Lunatic asylums in Bengal annual reports 1888-1898 - 1888-1898
Year: 1888
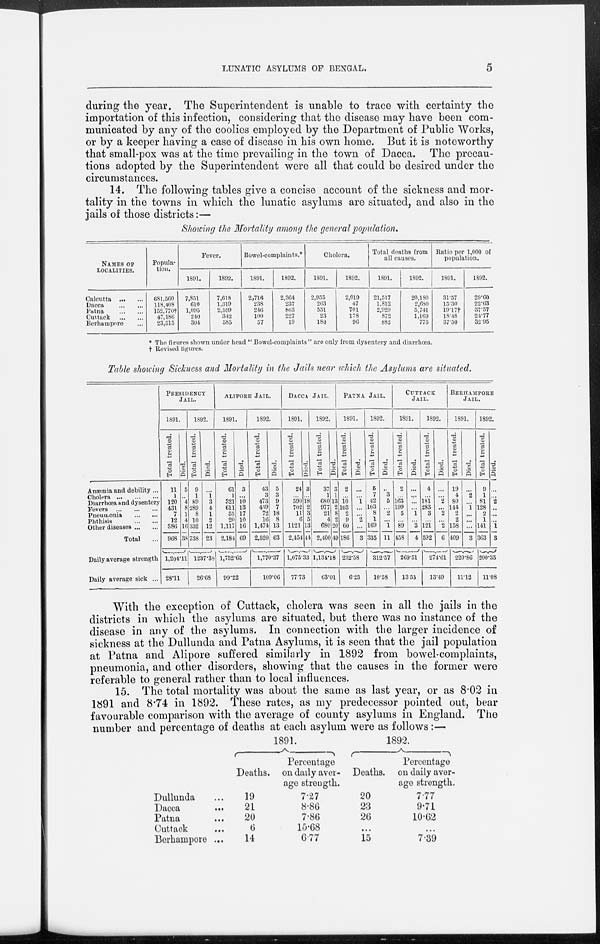
LUNATIC ASYLUMS OF BENGAL.
5
during the year. The Superintendent is unable to trace with certainty the
importation of this infection, considering that the disease may have been com-
municated by any of the coolies employed by the Department of Public Works,
or by a keeper having a case of disease in his own home. But it is noteworthy
that small-pox was at the time prevailing in the town of Dacca. The precau-
tions adopted by the Superintendent were all that could be desired under the
circumstances.
14. The following tables give a concise account of the sickness and mor-
tality in the towns in which the lunatic asylums are situated, and also in the
jails of those districts:—
Showing the Mortality among the general population.
NAMES OF
LOCALITIES.
Calcutta
...
...
Dacca
...
...
Patna ... ...
Cuttack
...
...
Berhampore ...
Popula-
tion.
681,560
118,408
152,770†
47,186
23,515
Fever.
1891.
7,851
610
1,095
240
304
1892.
7,618
1,319
2,599
342
585
Bowel-complaints.*
1891.
2,716
238
246
100
57
1892.
2,364
237
863
227
19
Cholera.
1891.
2,955
263
551
23
180
1892.
2,019
47
701
178
96
Total deaths from
all causes.
1891.
21,517
1,812
2,929
872
882
1892.
20,180
2,680
5,741
1,169
775
Ratio per 1,000 of
population.
1891.
31.57
15.30
19.17†
18.48
37.50
1892.
29.60
22.63
37.57
24.77
32.95
* The figures shown under head " Bowel-complaints" are only from dysentery and diarrhœa.
† Revised figures.
Table showing Sickness and Mortality in the Jails near which the Asylums are situated.
Anæmia and debility ...
Cholera
...
...
...
Diarrhœa and dysentery
Fevers
... ... ...
Pneumonia
... ...
Phthisis
... ...
Other diseases ... ...
Total
...
Daily average strength
Daily average sick ...
PRESIDENCY
JAIL.
1891.
Total treated.
11
1
120
431
7
12
386
968
Died.
5
...
4
8
1
4
16
38
1,204.11
28.11
1892.
Total treated.
9
1
89
289
8
10
332
738
Died.
...
1
3
4
1
2
12
23
1237.38
26.68
ALIPORE JAIL.
1891.
Total treated.
61
1
321
611
53
20
1,117
2,184
Died.
3
...
10
13
17
10
16
69
1,752.65
99.22
1892.
Total treated.
43
3
473
439
72
16
1,474
2,520
Died.
5
3
9
7
18 8
13
63
1,770.37
109.06
DACCA JAIL.
1891.
Total treated.
24
...
590
702
11
6
1121
2,454
Died.
3
...
18
2
3
5
13
44
1,075.33
77.73
1892.
Total treated.
37
1
680
977
21
4
680
2,400
Died.
3
1
13
2
8
2
20
49
1,134.18
63.01
PATNA JAIL.
1891.
Total treated.
2
...
10
103
2
9
60
186
Died.
...
...
1
...
...
2
...
3
232.58
6.25
1892.
Total treated.
5
7
42
103
8
1
169
335
Died.
...
3
5
...
2
...
1
11
312.57
10.58
CUTTACK
JAIL.
1891.
Total treated.
2
...
163
199
5
...
89
458
Died.
...
...
...
...
1
...
3
4
269.51
13.53
1892.
Total treated.
4
...
181
283
3
...
121
592
Died.
...
...
2
...
2
...
2
6
274.61
13.49
BERHAMPORE
JAIL.
1891.
Total treated.
19
4
80
144
2
2
158
409
Died.
...
2
...
1
...
...
...
3
220.86
11.12
1892.
Total treated.
9
1
81
128
2
1
141
363
Died.
...
...
2
...
...
...
1
3
200.35
11.08
With the exception of Cuttack, cholera was seen in all the jails in the
districts in which the asylums are situated, but there was no instance of the
disease in any of the asylums. In connection with the larger incidence of
sickness at the Dullunda and Patna Asylums, it is seen that the jail population
at Patna and Alipore suffered similarly in 1892 from bowel-complaints,
pneumonia, and other disorders, showing that the causes in the former were
referable to general rather than to local influences.
15. The total mortality was about the same as last year, or as 8.02 in
1891 and 8.74 in 1892. These rates, as my predecessor pointed out, bear
favourable comparison with the average of county asylums in England. The
number and percentage of deaths at each asylum were as follows:—
Dullunda ...
Dacca
...
Patna
...
Cuttack ...
Berhampore ...
1891.
Deaths.
19
21
20
6
14
Percentage
on daily aver-
age strength.
7.27
8.86
7.86
15.68
6.77
1892.
Deaths.
20
23
26
...
15
Percentage
on daily aver-
age strength.
7.77
9.71
10.62
...
7.39